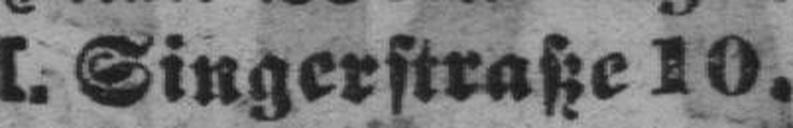
I. Singerstraße 10.